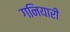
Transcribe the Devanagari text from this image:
गनियारी